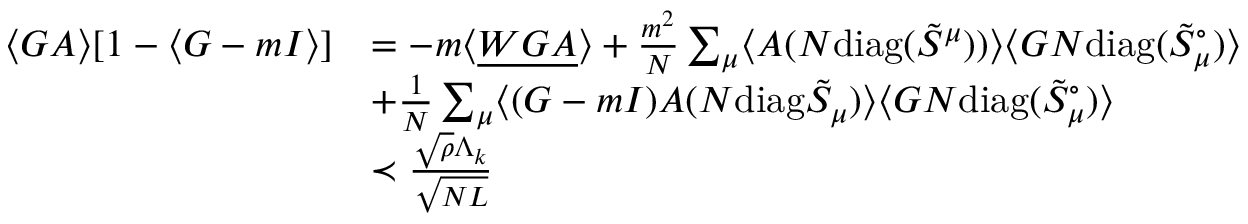
\begin{array} { r l } { \langle G A \rangle [ 1 - \langle G - m I \rangle ] } & { = - m \langle { \underline { { W G A } } } \rangle + \frac { m ^ { 2 } } { N } \sum _ { \mu } \langle A ( N \mathrm { d i a g } ( \tilde { S } ^ { \mu } ) ) \rangle \langle G N \mathrm { d i a g } ( \tilde { S } _ { \mu } ^ { \circ } ) \rangle } \\ & { + \frac { 1 } { N } \sum _ { \mu } \langle ( G - m I ) A ( N \mathrm { d i a g } \tilde { S } _ { \mu } ) \rangle \langle G N \mathrm { d i a g } ( \tilde { S } _ { \mu } ^ { \circ } ) \rangle } \\ & { \prec \frac { \sqrt { \rho } \Lambda _ { k } } { \sqrt { N L } } } \end{array}